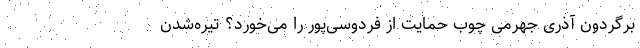
برگردون آذری‌ جهرمی چوب حمایت از فردوسی‌پور را می‌خورد؟ تیره‌شدن